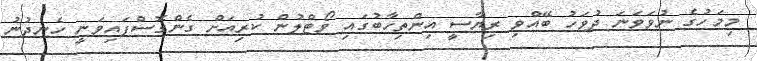
މިމަހުގެ ނުވަވަނަ ދުވަހު ބޭއްވި ރިޔާސީ އިންތިހާބުގައި ވޯޓްލުން ކުރިއަށް ގެންގޮސްފައިވަނީ ހެނދުނު